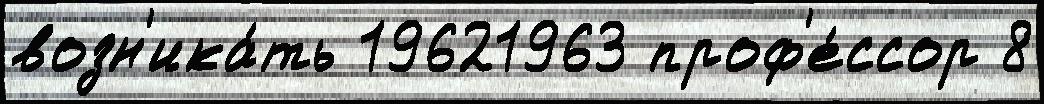
возн'ика́ть 19621963 проф'е́ссор 8